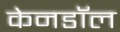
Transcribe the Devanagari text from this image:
केनडॉल